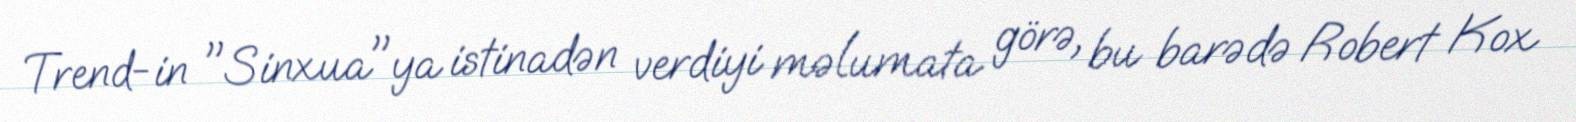
Trend-in "Sinxua"ya istinadən verdiyi məlumata görə, bu barədə Robert Kox